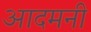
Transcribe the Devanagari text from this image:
आदमनी